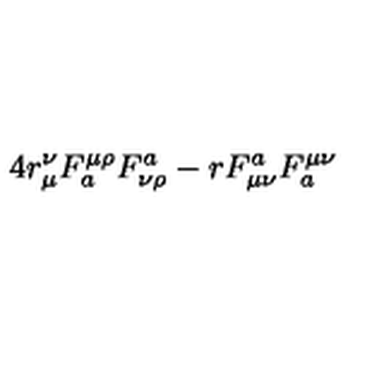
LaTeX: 4 r _ { \mu } ^ { \nu } F _ { a } ^ { \mu \rho } F _ { \nu \rho } ^ { a } - r F _ { \mu \nu } ^ { a } F _ { a } ^ { \mu \nu }